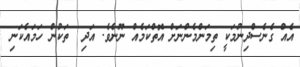
އެއް ގެނެސްދިނުމަކީ ތިމަންމެންނަށް އޮތްކަމެއް ނޫނެވެ. އަދި  ތަކުން ހަމައެކަނި